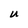
Character: U